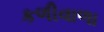
કળીવાળા